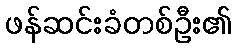
ဖန်ဆင်းခံတစ်ဦး၏